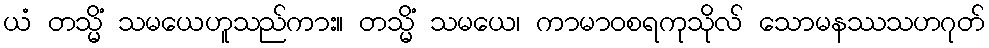
ယံ တသ္မိံ သမယေဟူသည်ကား။ တသ္မိံ သမယေ၊ ကာမာဝစရကုသိုလ် သောမနဿသဟဂုတ်